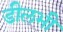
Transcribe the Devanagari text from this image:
डीलभी